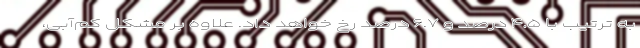
به ترتیب با ۴.۵ درصد و ۶.۷ درصد رخ خواهد داد. علاوه بر مشکل کم‌آبی،